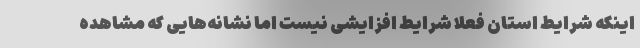
اینکه شرایط استان فعلاً شرایط افزایشی نیست اما نشانه‌هایی که مشاهده